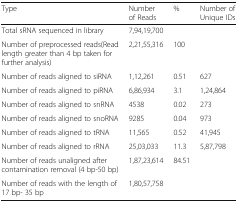
<table><thead><tr><td><b>Type</b></td><td><b>Number of Reads</b></td><td><b>%</b></td><td><b>Number of Unique IDs</b></td></tr></thead><tbody><tr><td>Total sRNA sequenced in library</td><td>7,94,19,700</td><td></td><td></td></tr><tr><td>Number of preprocessed reads(Read length greater than 4 bp taken for further analysis)</td><td>2,21,55,316</td><td>100</td><td></td></tr><tr><td>Number of reads aligned to siRNA</td><td>1,12,261</td><td>0.51</td><td>627</td></tr><tr><td>Number of reads aligned to piRNA</td><td>6,86,934</td><td>3.1</td><td>1,24,864</td></tr><tr><td>Number of reads aligned to snRNA</td><td>4538</td><td>0.02</td><td>273</td></tr><tr><td>Number of reads aligned to snoRNA</td><td>9285</td><td>0.04</td><td>973</td></tr><tr><td>Number of reads aligned to tRNA</td><td>11,565</td><td>0.52</td><td>41,945</td></tr><tr><td>Number of reads aligned to rRNA</td><td>25,03,033</td><td>11.3</td><td>5,87,798</td></tr><tr><td>Number of reads unaligned after contamination removal (4 bp-50 bp)</td><td>1,87,23,614</td><td>84.51</td><td></td></tr><tr><td>Number of reads with the length of 17 bp- 35 bp</td><td>1,80,57,758</td><td></td><td></td></tr></tbody></table>